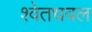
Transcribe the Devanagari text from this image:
श्वेतधवल